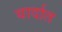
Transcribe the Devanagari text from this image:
यार्दात